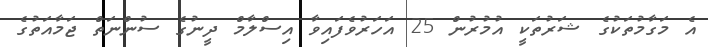
އެ މަގާމުތަކުގެ ޝަރުތަކީ އުމުރުން 25 އަހަރުވެފައިވާ އިސްލާމް ދީނުގެ ސުންނަތް ޖަމާއަތުގެ